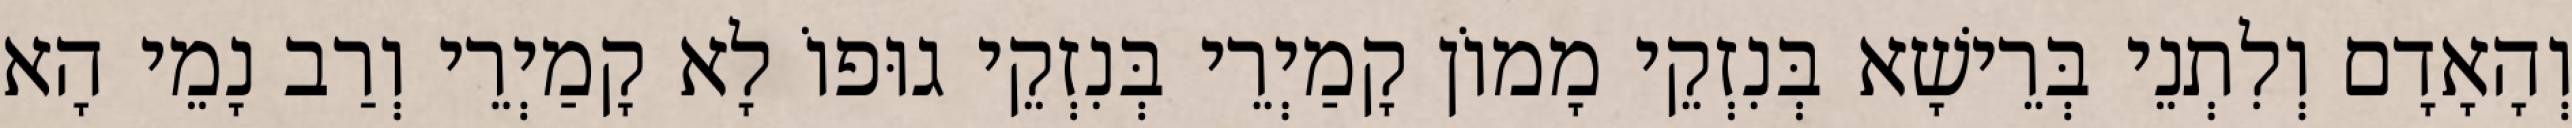
וְהָאָדָם וְלִתְנֵי בְּרֵישָׁא בְּנִזְקֵי מָמוֹן קָמַיְרֵי בְּנִזְקֵי גוּפוֹ לָא קָמַיְרֵי וְרַב נָמֵי הָא